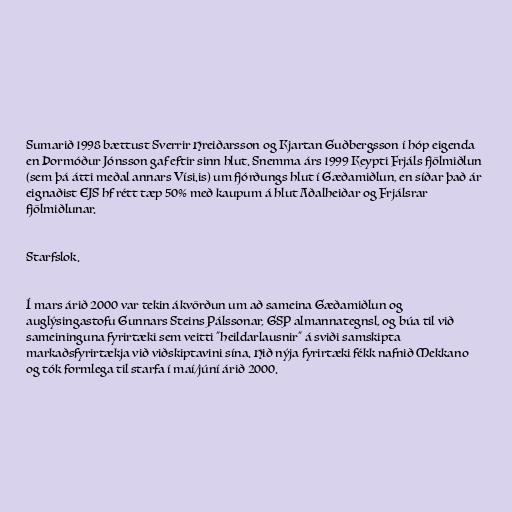
Sumarið 1998 bættust Sverrir Hreiðarsson og Kjartan Guðbergsson í hóp eigenda
en Þormóður Jónsson gaf eftir sinn hlut. Snemma árs 1999 Keypti Frjáls fjölmiðlun
(sem þá átti meðal annars Vísi.is) um fjórðungs hlut í Gæðamiðlun, en síðar það ár
eignaðist EJS hf rétt tæp 50% með kaupum á hlut Aðalheiðar og Frjálsrar
fjölmiðlunar.

Starfslok.

Í mars árið 2000 var tekin ákvörðun um að sameina Gæðamiðlun og
auglýsingastofu Gunnars Steins Pálssonar, GSP almannategnsl, og búa til við
sameininguna fyrirtæki sem veitti "heildarlausnir" á sviði samskipta
markaðsfyrirtækja við viðskiptavini sína. Hið nýja fyrirtæki fékk nafnið Mekkano
og tók formlega til starfa í maí/júní árið 2000.